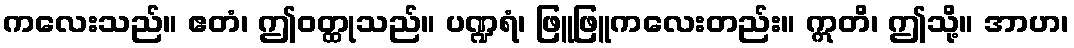
ကလေးသည်။ ဧတံ၊ ဤဝတ္ထုသည်။ ပဏ္ဍရံ၊ ဖြူဖြူကလေးတည်း။ ဣတိ၊ ဤသို့။ အာဟ၊